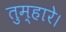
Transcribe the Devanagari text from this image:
तुम्हारे।